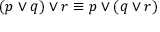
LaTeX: ( p \vee q ) \vee r \equiv p \vee ( q \vee r )